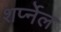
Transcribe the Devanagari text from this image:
शर्प्नेल